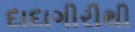
દાદાગીરીથી